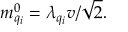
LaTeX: m _ { q _ { i } } ^ { 0 } = \lambda _ { q _ { i } } v / { \sqrt 2 } .